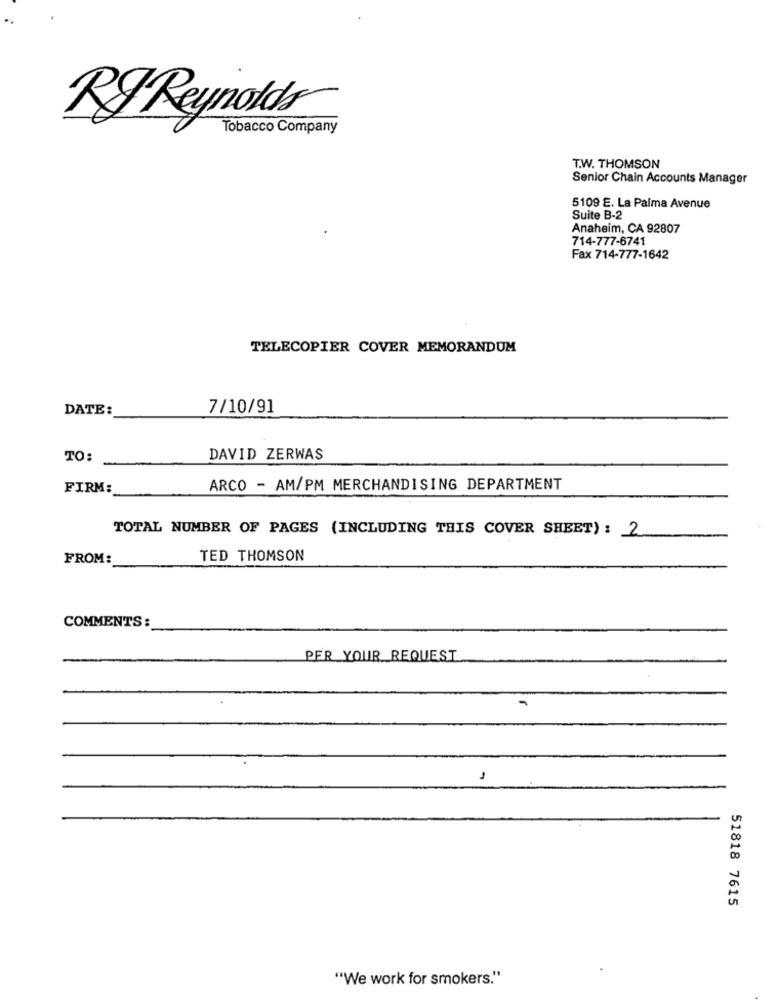
RJ Reynolds
Tobacco Company
T.W. THOMSON
Senior Chain Accounts Manager
5109 E. La Palma Avenue
Suite B-2
Anaheim, CA 92807
714-777-6741
Fax 714-777-1642
TELECOPIER COVER MEMORANDUM
DATE:
7/10/91
TO:
DAVID ZERWAS
FIRM:
ARCO - AM/PM MERCHANDISING DEPARTMENT
TOTAL NUMBER OF PAGES (INCLUDING THIS COVER SHEET) : 2
FROM:
TED THOMSON
COMMENTS:
PER YOUR REQUEST
1
51818 7615
"We work for smokers."